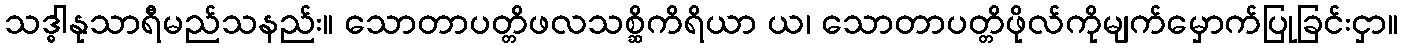
သဒ္ဓါနုသာရီမည်သနည်း။ သောတာပတ္တိဖလသစ္ဆိကိရိယာ ယ၊ သောတာပတ္တိဖိုလ်ကိုမျက်မှောက်ပြုခြင်းငှာ။